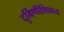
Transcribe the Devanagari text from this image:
दुर्बिणीशिवाय